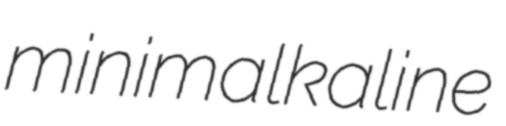
minimalkaline